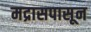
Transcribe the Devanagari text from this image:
मद्रासपासून